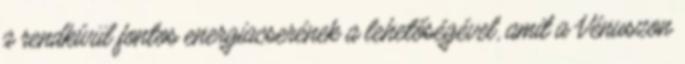
a rendkívül fontos energiacserének a lehetőségével, amit a Vénuszon